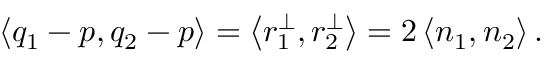
\left< { q _ { 1 } - p , q _ { 2 } - p } \right> = \left< { r _ { 1 } ^ { \perp } , r _ { 2 } ^ { \perp } } \right> = 2 \left< { n _ { 1 } , n _ { 2 } } \right> .